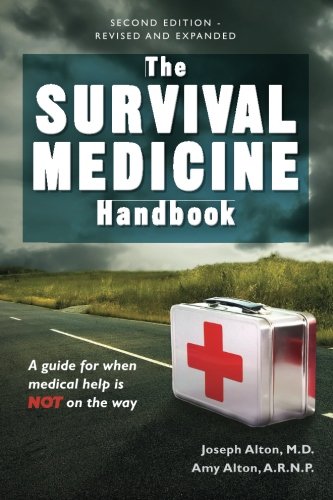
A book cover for The Survival Medicine Handbook: A Guide for When Help is Not on the Way; Joseph Alton; Health, Fitness & Dieting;